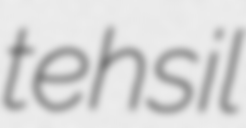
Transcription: tehsil